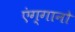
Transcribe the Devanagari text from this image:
एंग्गानो